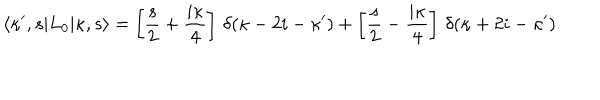
LaTeX: \langle \kappa ^ { \prime } , s | L _ { 0 } | \kappa , s \rangle = \left[ \frac { s } { 2 } + \frac { i \kappa } { 4 } \right] \, \delta ( \kappa - 2 i - \kappa ^ { \prime } ) + \left[ \frac { s } { 2 } - \frac { i \kappa } { 4 } \right] \, \delta ( \kappa + 2 i - \kappa ^ { \prime } ) .